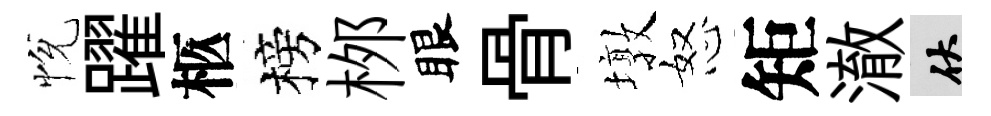
恱躍柩榜桞眼骨墩怒矩澈伏